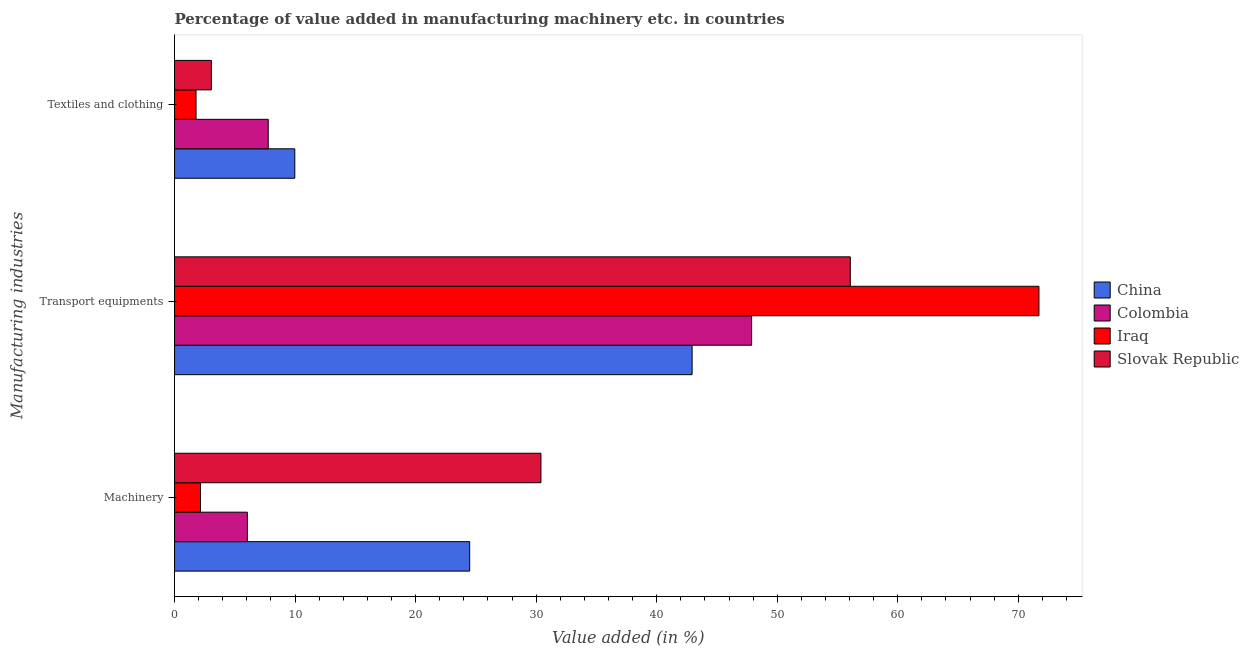
| Manufacturing industries | China | Colombia | Iraq | Slovak Republic |
 | --- | --- | --- | --- | --- |
 | Machinery | 24.5 | 6.04 | 2.15 | 30.4 |
 | Transport equipments | 42.9 | 47.9 | 71.7 | 56.1 |
 | Textiles and clothing | 9.98 | 7.77 | 1.78 | 3.05 |